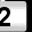
Digit: 2